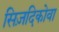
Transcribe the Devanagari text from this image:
सिज़दिकोवा